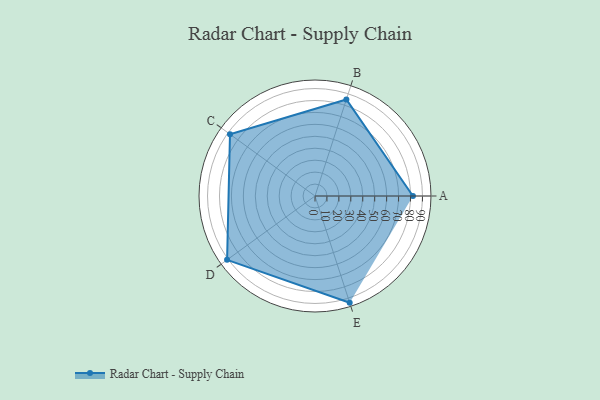
{"axis": {"x": "Skill", "y": "Score"}, "legend": ["Profile"], "data": [{"x": "A", "y": 82.0, "type": "Profile"}, {"x": "B", "y": 85.0, "type": "Profile"}, {"x": "C", "y": 88.0, "type": "Profile"}, {"x": "D", "y": 91.0, "type": "Profile"}, {"x": "E", "y": 94.0, "type": "Profile"}]}